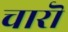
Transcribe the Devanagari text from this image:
चारॊ